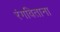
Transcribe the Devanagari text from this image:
रंगविताना